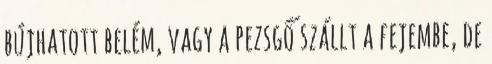
bújhatott belém, vagy a pezsgő szállt a fejembe, de